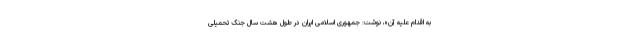
به اقدام علیه آن»، نوشت: جمهوری اسلامی ایران در طول هشت سال جنگ تحمیلی